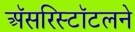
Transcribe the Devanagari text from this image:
अॅसरिस्टॉटलने